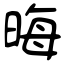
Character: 晦